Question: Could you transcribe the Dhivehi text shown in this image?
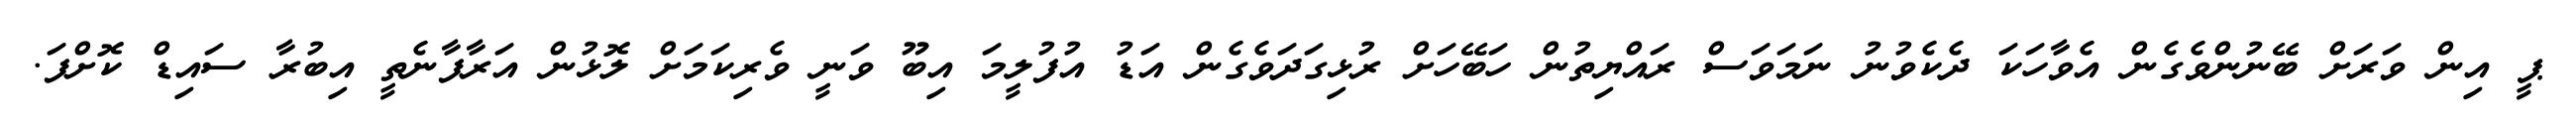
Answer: ޕީ އިން ވަރަށް ބޭނުންވެގެން އެވާހަކަ ދެކެވުނު ނަމަވަސް ރައްޔިތުން ހަބޭހަށް ރުޅިގަދަވެގެން އަޑު އުފުލީމަ އިބޫ ވަނީ ވެރިކަމަށް ލޮޅުން އަރާފާނެތީ އިބުރާ ސައިޑް ކޮށްފަ.